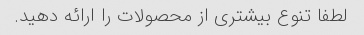
لطفا تنوع بیشتری از محصولات را ارائه دهید.